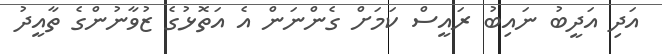
އަދި އަދީބު ނައިބު ރައީސް ކަމަށް ގެންނަން އެ އަތޮޅުގެ ޒުވާނުންގެ ތާއީދު